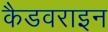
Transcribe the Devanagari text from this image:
कैडवराइन